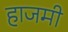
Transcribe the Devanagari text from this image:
हाजमी